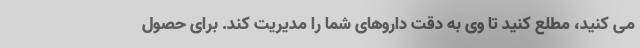
می کنید، مطلع کنید تا وی به دقت داروهای شما را مدیریت کند. برای حصول